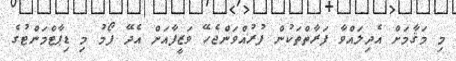
މި މަޤާމަށް އެދިލައްވާ ފަރާތްތަކުން ފުރުއްވަންޖެހޭ ވަޒީފާއަށް އެދޭ ފޯމު މި ޑިޕާޓްމަންޓުގެ